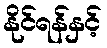
နိုင်ရန်နှင့်